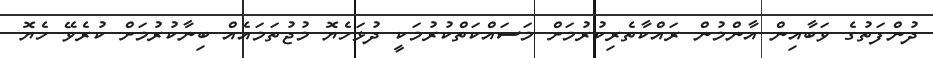
ދުންފަތުގެ ވަބާއިން އާންމުން ރައްކާތެރިކުރުމަށް މަސައްކަތްކުރުމަކީ ދުޅަހެޔޮ މުޖުތަމައެއް ބިނާކުރުމަށް ކުރެވޭ ހެޔޮ